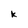
Character: k